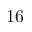
1 6